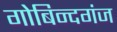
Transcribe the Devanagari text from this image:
गोबिन्दगंज